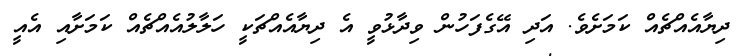
ދިޔާއެއްޗެއް ކަމަށެވެ. އަދި އޭގެފަހުން ވިދާޅުވީ އެ ދިޔާއެއްޗަކީ ހަލާލުއެއްޗެއް ކަމަށާއި އެއީ